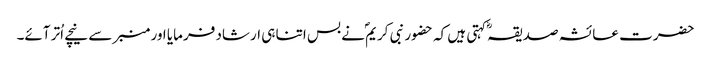
حضرت عائشہ صدیقہؓ کہتی ہیں کہ حضور نبی کریمؐ نے بس اتنا ہی ارشاد فرمایا اور منبر سے نیچے اُتر آئے۔